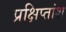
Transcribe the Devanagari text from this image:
प्रक्षिप्तांश